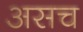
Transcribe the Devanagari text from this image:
असच